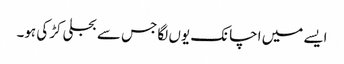
ایسے میں اچانک یوں لگا جس سے بجلی کڑکی ہو۔